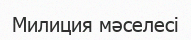
Милиция мәселесі